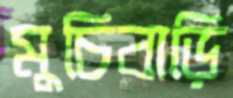
মুচিবাড়ি